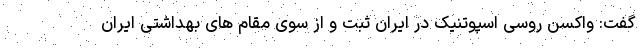
گفت: واکسن روسی اسپوتنیک در ایران ثبت و از سوی مقام های بهداشتی ایران